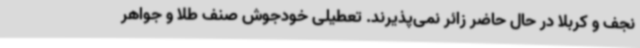
نجف و کربلا در حال حاضر زائر نمی‌پذیرند. تعطیلی خودجوش صنف طلا و جواهر